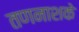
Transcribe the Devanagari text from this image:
तणनाशके